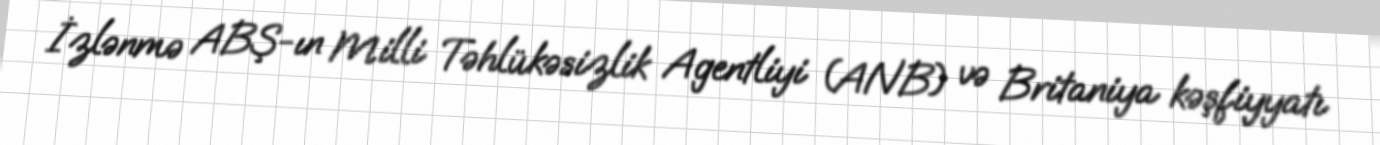
İzlənmə ABŞ-ın Milli Təhlükəsizlik Agentliyi (ANB) və Britaniya kəşfiyyatı